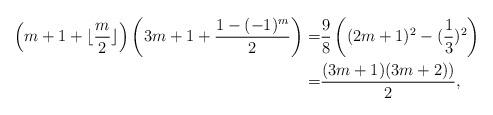
LaTeX: \begin{align*}\left(m+1+\lfloor\frac{m}{2}\rfloor\right)\left(3 m+1+\frac{1-(-1)^m}{2}\right)=&\frac{9}{8}\left((2 m + 1)^2 - (\frac 13)^2\right)\\=&\frac{(3m+1)(3m+2))}{2},\end{align*}